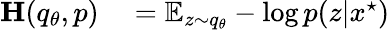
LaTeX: \begin{array}{rl}{\mathbf{H}(q_{\theta},p)}&{{}=\mathbb{E}_{z\sim q_{\theta}}-\log p(z|x^{\star})}\end{array}